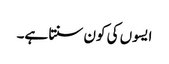
ایسوں کی کون سنتا ہے۔